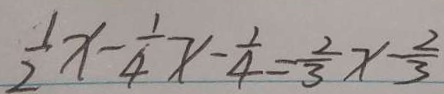
\frac { 1 } { 2 } x - \frac { 1 } { 4 } x - \frac { 1 } { 4 } = \frac { 2 } { 3 } x - \frac { 2 } { 3 }